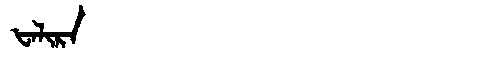
Manchu: ᡶᠠᠯᡳᡵᠠ
Romanization: FALIRA